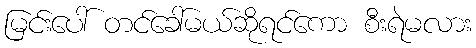
မြင်းပေါ် တင်ခေါ်မယ်ဆိုရင်ကော စီးရဲမလား